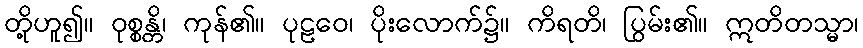
တို့ဟူ၍။ ဝုစ္စန္တိ၊ ကုန်၏။ ပုဠဝေ၊ ပိုးလောက်၌။ ကိရတိ၊ ပြွမ်း၏။ ဣတိတသ္မာ၊